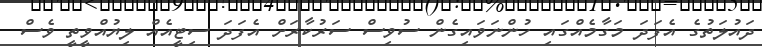
ދައުލަތުގެ އެފަދަ މަގާމެއްގައި ހުންނަވައިގެން ސުވިސް ސަރުކާރަށް އެފަދަ ސިޓީއެއް ލިޔުއްވީތީ ވެސް